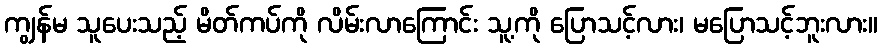
ကျွန်မ သူပေးသည့် မိတ်ကပ်ကို လိမ်းလာကြောင်း သူ့ကို ပြောသင့်လား၊ မပြောသင့်ဘူးလား။